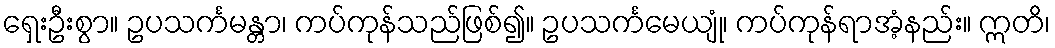
ရှေးဦးစွာ။ ဥပသင်္ကမန္တာ၊ ကပ်ကုန်သည်ဖြစ်၍။ ဥပသင်္ကမေယျုံ၊ ကပ်ကုန်ရာအံ့နည်း။ ဣတိ၊